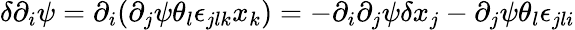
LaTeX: \delta\partial_{i}\psi=\partial_{i}(\partial_{j}\psi\theta_{l}\epsilon_{jlk}x_{k})=-\partial_{i}\partial_{j}\psi\delta x_{j}-\partial_{j}\psi\theta_{l}\epsilon_{jli}